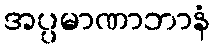
အပ္ပမာဏာဘာနံ